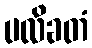
ပလိခတံ